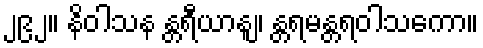
၂၉၂။ နိဝါသန န္တရီယာနျ၊ န္တရမန္တရဝါသကော။